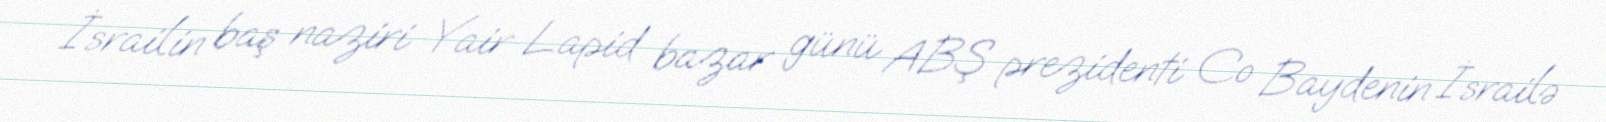
İsrailin baş naziri Yair Lapid bazar günü ABŞ prezidenti Co Baydenin İsrailə